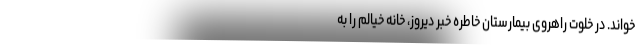
‌خواند. در خلوت راهروی بیمارستان خاطره خبر دیروز، خانه خیالم را به